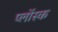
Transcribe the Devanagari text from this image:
प्लोंस्क